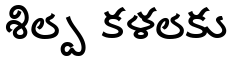
శిల్ప కళలకు